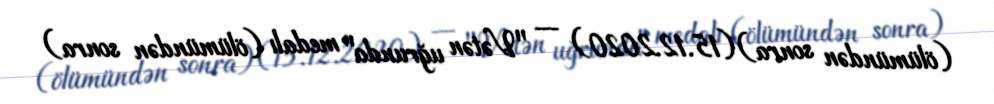
(ölümündən sonra) (15.12.2020) — "Vətən uğrunda" medalı (ölümündən sonra)